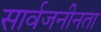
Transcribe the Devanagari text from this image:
सार्वजनीनता